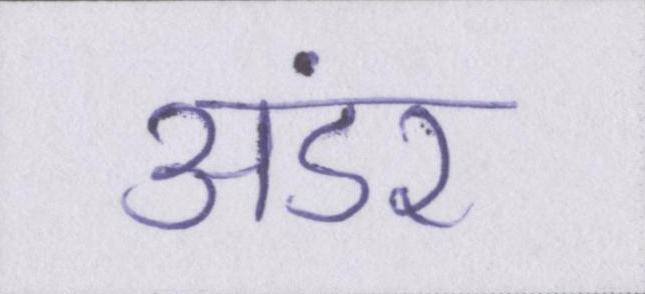
अंडर